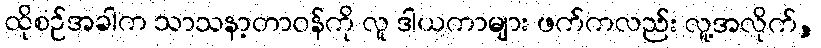
ထိုစဉ်အခါက သာသနာ့တာဝန်ကို လူ ဒါယကာများ ဖက်ကလည်း လူ့အလိုက်,